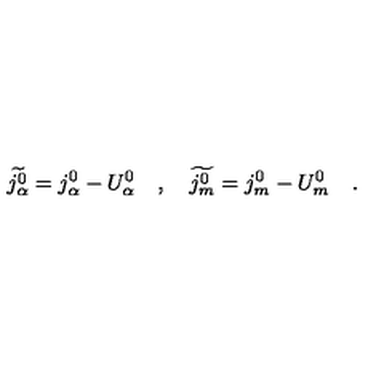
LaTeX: \widetilde { j _ { \alpha } ^ { 0 } } = j _ { \alpha } ^ { 0 } - U _ { \alpha } ^ { 0 } \quad , \quad \widetilde { j _ { m } ^ { 0 } } = j _ { m } ^ { 0 } - U _ { m } ^ { 0 } \quad .